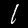
Label: 1